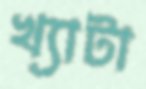
খ্যাটা